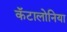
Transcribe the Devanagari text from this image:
कॅटालोनिया